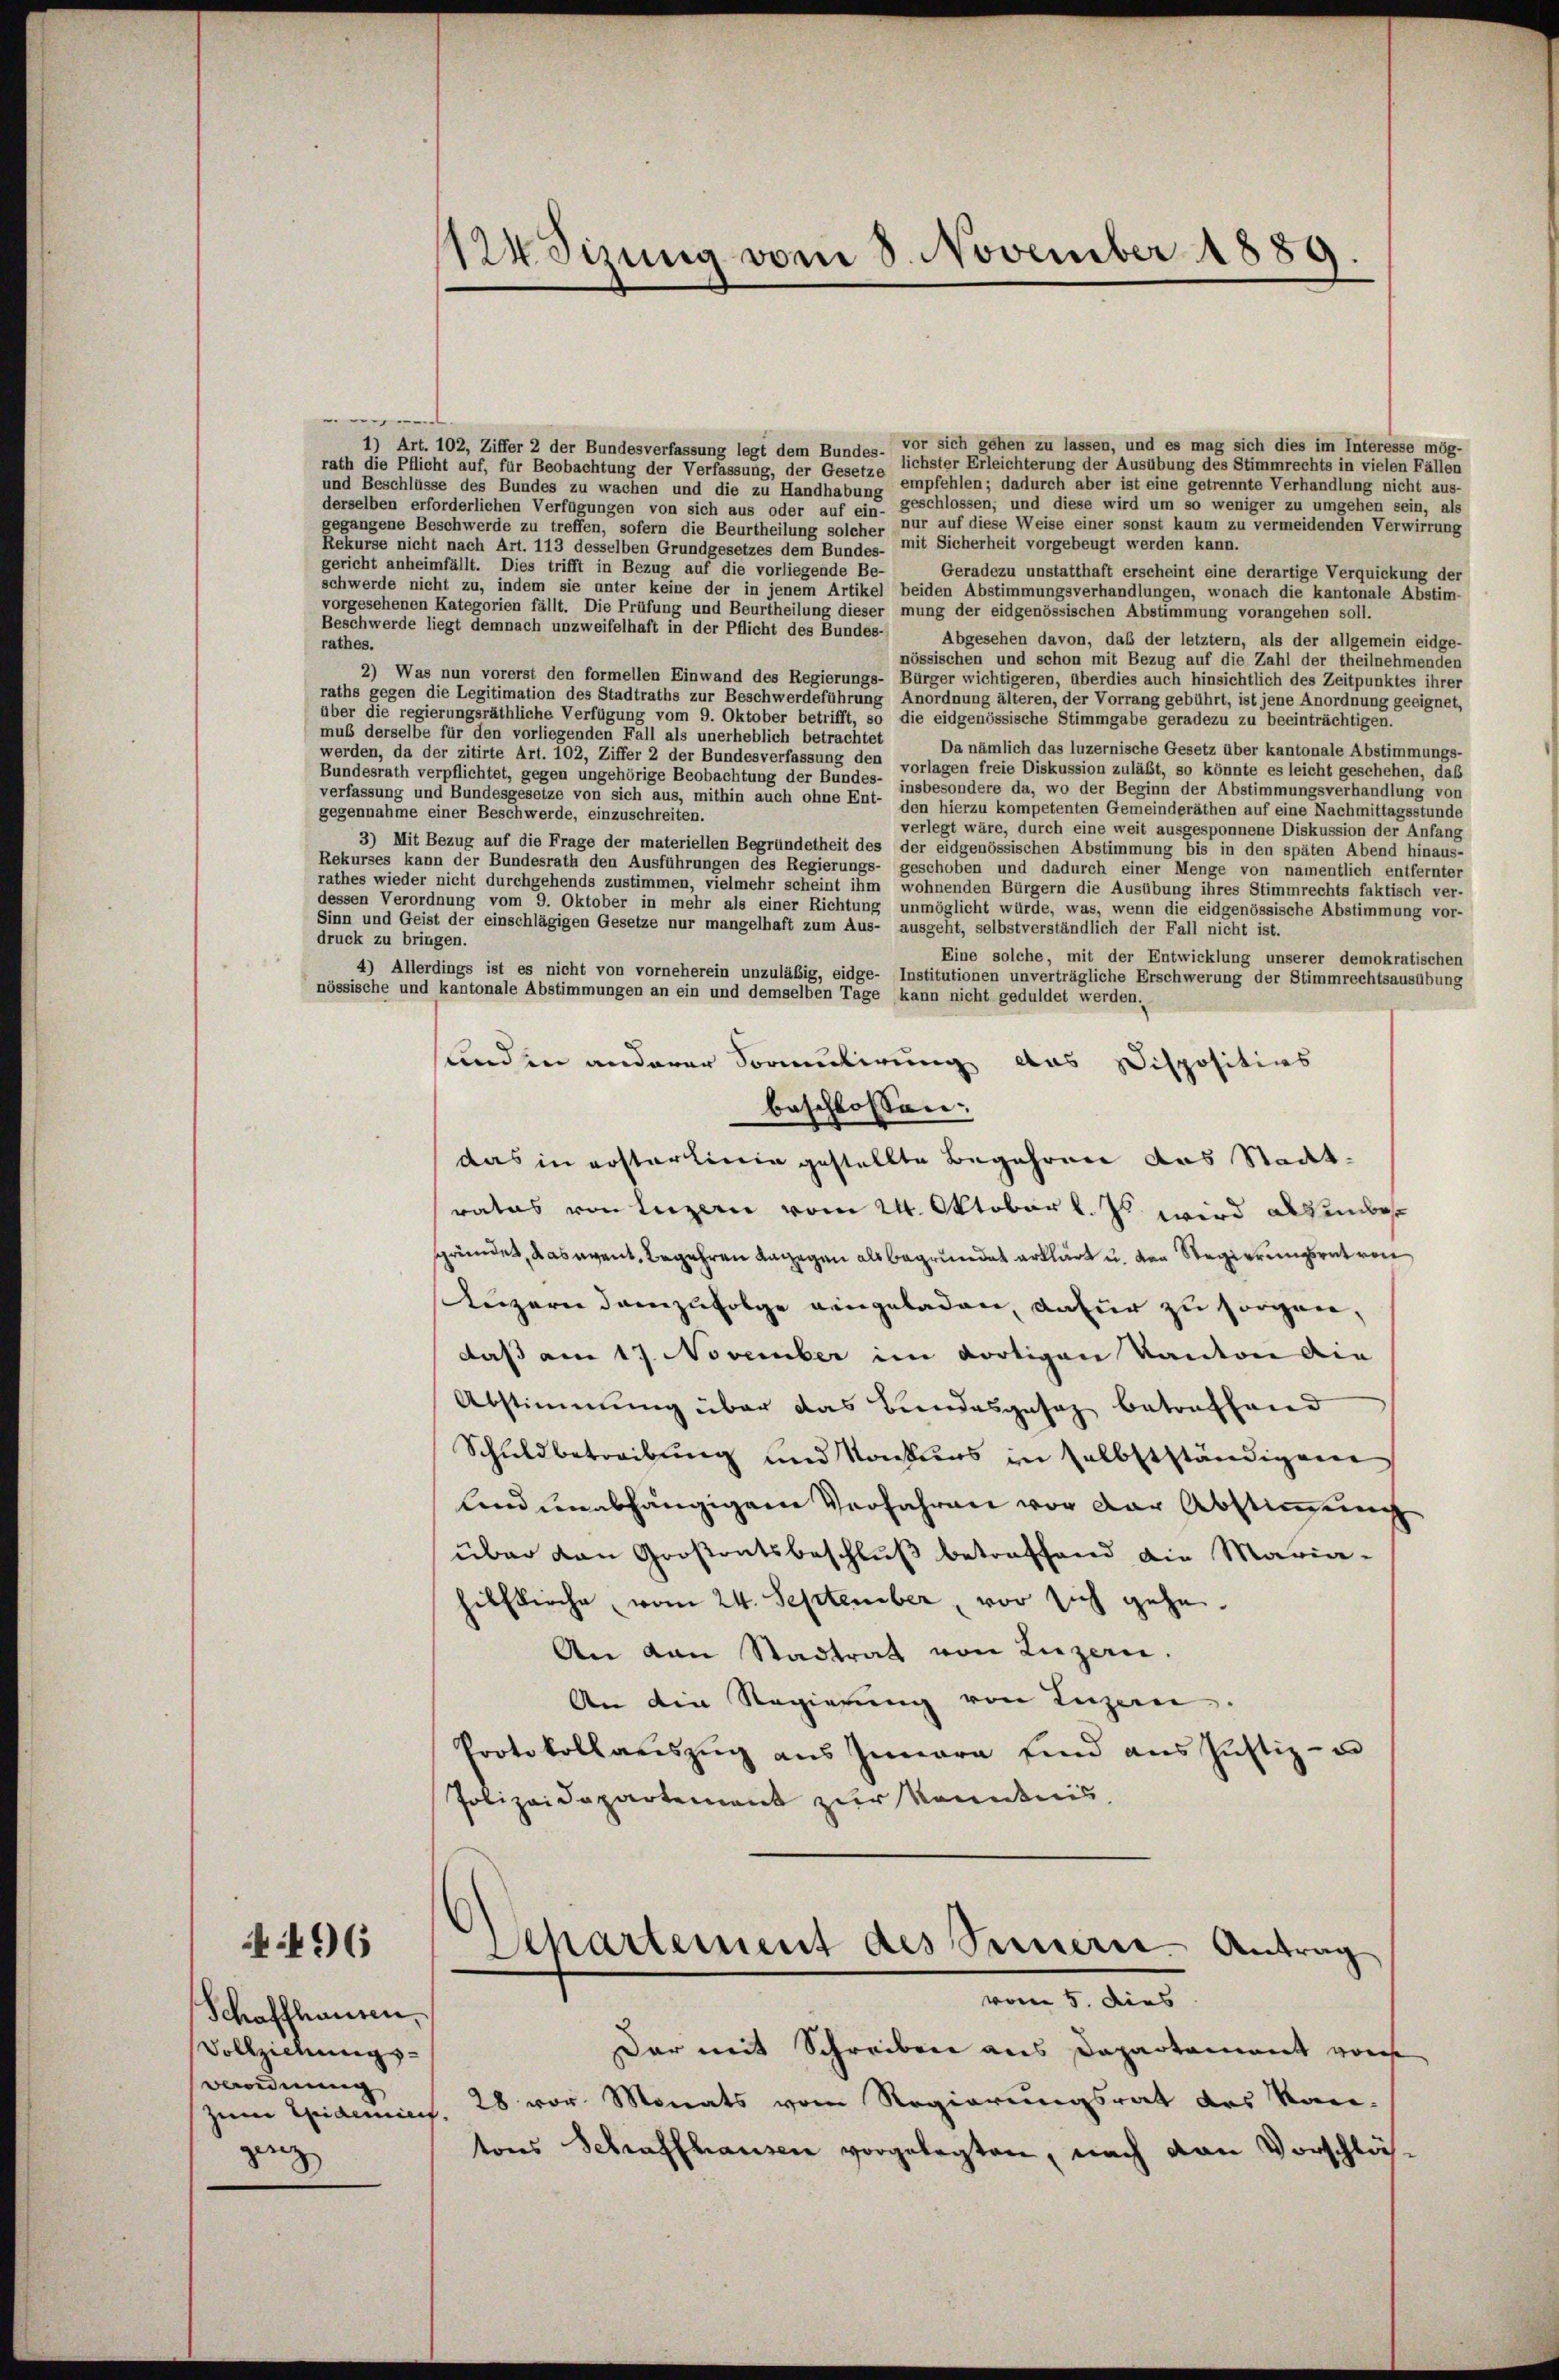
ganz

1124 dizung vom 8. November 1889.

1) Art. 102, Ziffer 2 der Bundesverfassung legt dem Bundes- vor sich gehen zu lassen, und es mag sich dies im Interesse mög-
rath die Pflicht auf, für Beobachtung der Verfassung, der Gesetze lichster Erleichterung der Ausübung des Stimmrechts in vielen Fällen
und Beschlüsse des Bundes zu wachen und die zu Handhabung empfehlen; dadurch aber ist eine getrennte Verhandlung nicht aus-
geschlossen, und diese wird um so weniger zu umgehen sein, als
derselben erforderlichen Verfügungen von sich aus oder auf ein zur auf diese Weise einer sonst kaum zu vermeidenden Verwirrung
gegangene Beschwerde zu treffen, sofern die Beurtheilung solcher
Rekurse nicht nach Art. 113 desselben Grundgesetzes dem Bundes- mit Sicherheit vorgebeugt werden kann.
gericht anheimfällt. Dies trifft in Bezug auf die vorliegende Be-
Geradezu unstatthaft erscheint eine derartige Verquickung der
schwerde nicht zu, indem sie unter keine der in jenem Artikel beiden Abstimmungsverhandlungen, wonach die kantonale Abstim-
vorgesehenen Kategorien fällt. Die Prüfung und Beurtheilung dieser mung der eidgenössischen Abstimmung vorangehen soll.
Beschwerde liegt demnach unzweifelhaft in der Pflicht des Bundes-
Abgesehen davon, daß der letztem, als der allgemein eidge
rathes.
nössischen und schon mit Bezug auf die Zahl der theilnehmenden
2) Was nun vorerst den formellen Einwand des Regierungs- Bürger wichtigeren, überdies auch hinsichtlich des Zeitpunktes ihrer
raths gegen die Legitimation des Stadtraths zur Beschwerdeführung Anordnung älteren, der Vorrang gebührt, ist jene Anordnung geeignet,
über die regierungsräthliche Verfügung vom 9. Oktober betrifft, so die eidgenössische Stimmgabe geradezu zu beeinträchtigen.
muß derselbe für den vorliegenden Fall als unerheblich betrachtet
Da nämlich das luzernische Gesetz über kantonale Abstimmungs-
werden, da der zitirte Art. 102, Ziffer 2 der Bundesverfassung der vorlagen freie Diskussion zuläßt, so könnte es leicht geschehen, daß
Bundesrath verpflichtet, gegen ungehörige Beobachtung der Bundes- insbesondere da, wo der Beginn der Abstimmungsverhandlung von
verfassung und Bundesgesetze von sich aus, mithin auch ohne Ent- den hierzu kompetenten Gemeinderäthen auf eine Nachmittagsstunde
gegennahme einer Beschwerde, einzuschreiten.
verlegt wäre, durch eine weit ausgesponnene Diskussion der Anfang
3) Mit Bezug auf die Frage der materiellen Begründetheit des der eidgenössischen Abstimmung bis in den späten Abend hinaus-
Rekurses kann der Bundesrath den Ausführungen des Regierungs- geschoben und dadurch einer Menge von namentlich entfernter
rathes wieder nicht durchgehends zustimmen, vielmehr scheint ihm wohnenden Bürgern die Ausübung ihres Stimmrechts faktisch ver-
dessen Verordnung vom 9. Oktober in mehr als einer Richtung unmöglicht würde, was, wenn die eidgenössische Abstimmung vor-
Sinn und Geist der einschlägigen Gesetze nur mangelhaft zum Aus- ausgeht, selbstverständlich der Fall nicht ist.
druck zu bringen.
Eine solche, mit der Entwicklung unserer demokratischen
4) Allerdings ist es nicht von vorneherein unzuläßig, eidge- Institutionen unverträgliche Erschwerung der Stimmrechtsausübung
nössische und kantonale Abstimmungen an ein und demselben Tage kann nicht geduldet werden.
sund in anderer Sormulirung das Dispositios
beschlossen:
das in erstarlinie gestellte Begehren das Stadt-
rates von Luzern vom 24. Oktober l. Es wird als unbes
gründet, das event, Begehren dagegen als begründet erklärt u. von Regierungsrat von
Luzern demzufolge eingeladen, dafür zu sorgen,
daß am 17. November im dortigen Kanton die
Abstimmung über das Bundesgesaz betreffend
Schuldbetreibung und Konkurs in selbstständigen
lend unabhängigem Verfahren vor der Abstimmung
über den Großentsbeschluß betreffend die Maria-
hilfkirche vom 24. September, vor sich gehe.
An van Stadtrat von Luzern.
An die Regierung von Luzern.
Protokollauszug aus Innern sind aus Justiz- u
Polizeidepartement zur Kenntnis,
496
Separtement des Innere Antrag
vom 5. dies
Schaffhausen,
Dar mit Schreiben aus Departement vor
Vollziehungs-
verordnung |
zum Epidemiert. 28 vor Monats vom Regierungsrat des Kan-
tons Schraffhausen vorgelegten, nach von Vorschlä¬